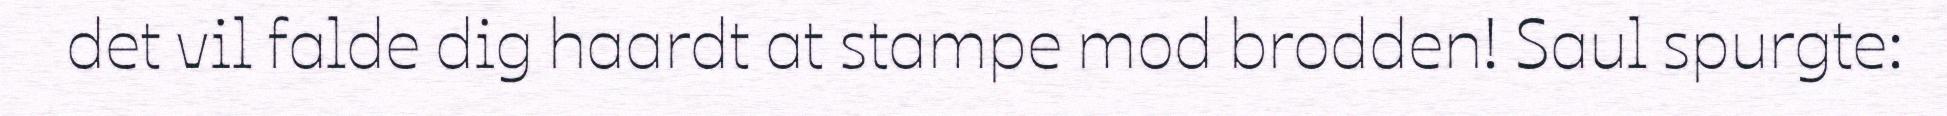
det vil falde dig haardt at stampe mod brodden! Saul spurgte: